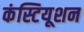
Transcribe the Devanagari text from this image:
कंस्टियूशन